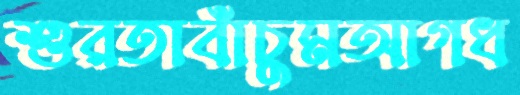
শুরতাবাঁচুমআগধ